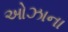
ઓઝાના